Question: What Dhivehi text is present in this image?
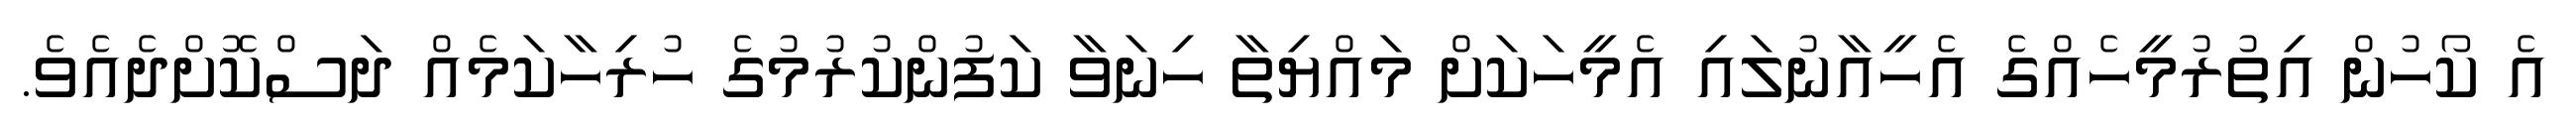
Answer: އެ ކޯހުން އިތުރުމީހެއްގެ އެހީއާނުލައި އެމީހަކަށް މައްޔިތާ ހިނަވާ ކަފުންކުރުމުގެ ހުރިހާކަމެއް ދަސްކޮށްދެއެވެ.